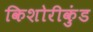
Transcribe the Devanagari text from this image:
किशोरीकुंड